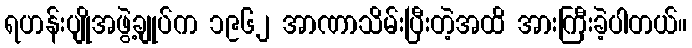
ရဟန်းပျိုအဖွဲ့ချုပ်က ၁၉၆၂ အာဏာသိမ်းပြီးတဲ့အထိ အားကြီးခဲ့ပါတယ်။